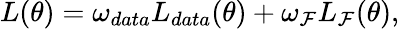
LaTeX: L(\theta)=\omega_{data}L_{data}(\theta)+\omega_{\mathcal{F}}L_{\mathcal{F}}(\theta),